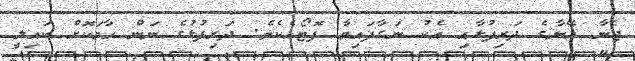
ޖެނާ އޭނާގެ ދަރިފުޅާއި އެކު ނަގާފައިވާ ފޮޓޯއެކެވެ. ދަރިފުޅުގެ ނަން ހާމަކޮށް ކައިލީ